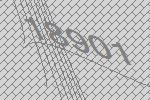
18901